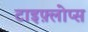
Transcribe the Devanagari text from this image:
टाइफ़्लोप्स